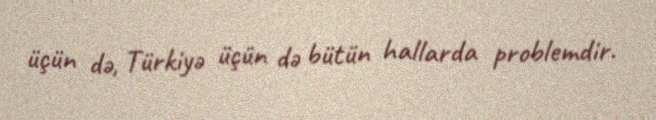
üçün də, Türkiyə üçün də bütün hallarda problemdir.